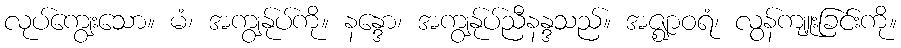
လုပ်ကျွေးသော။ မံ၊ အကျွန်ုပ်ကို။ နန္ဒော၊ အကျွန်ုပ်ညီနန္ဒသည်။ အဇ္ဈာဝရံ၊ လွန်ကျူးခြင်းကို။